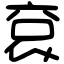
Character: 袞